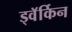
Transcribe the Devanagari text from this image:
ड्वॅर्किन